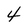
Character: 4